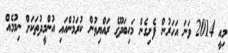
މިއީ 2014 ވަނަ އަހަރުން ފެށިގެން މަހިބަދޫގެ ރައްޔިތުން ކުރަމުންއައި އުންމީދުތަކަށް ނިމުމެއް